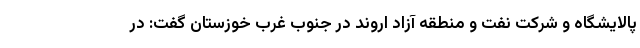
پالایشگاه و شرکت نفت و منطقه آزاد اروند در جنوب غرب خوزستان گفت: در